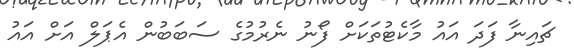
ޗައިނާ ފަދަ އައު މާކެޓުތަކަށް ފޯނު ނެރުމުގެ ސަބަބުން އެޕަލް އަށް އައު